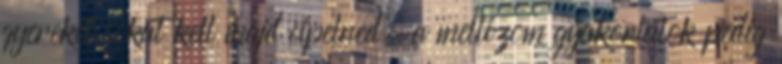
gyereket sokat kell majd cipelned, a mellizom gyakorlatok pedig